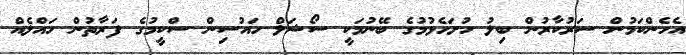
އެހެންކަމުން ސަރުކާރުން ބިލު ހުށަހެޅުމުގެ ބޭނުމަކީ ސޯޝަލް ހައުސިން ސްކީމުގެ ފަރާތުން ހައްލެއް